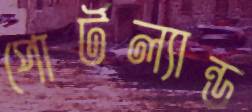
পোর্টল্যান্ড